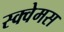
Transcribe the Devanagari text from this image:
स्क्वेमस